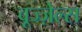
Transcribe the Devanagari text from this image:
वूज्ज़ेल्स